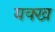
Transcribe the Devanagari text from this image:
यक्ख